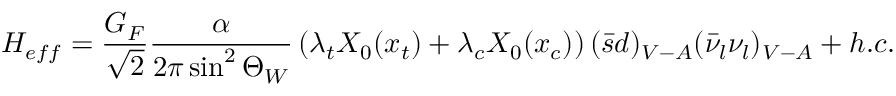
{ \cal H } _ { e f f } = \frac { G _ { F } } { \sqrt { 2 } } \frac { \alpha } { 2 \pi \sin ^ { 2 } \Theta _ { W } } \left( \lambda _ { t } X _ { 0 } ( x _ { t } ) + \lambda _ { c } X _ { 0 } ( x _ { c } ) \right) ( \bar { s } d ) _ { V - A } ( \bar { \nu } _ { l } \nu _ { l } ) _ { V - A } + h . c .